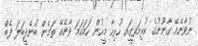
ނުވާނެއޭ ގާނޫނުގެ ކުރިމަތީގަިއ ހުރިހާ މީހުން ހަމަހަމަ ވާނެއޭ ތަމެން ބުނެދީބަލަ ފެބް